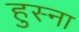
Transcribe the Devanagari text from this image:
हुस्ना